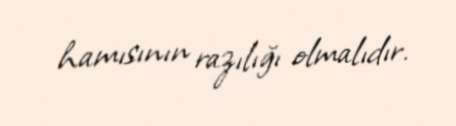
hamısının razılığı olmalıdır.